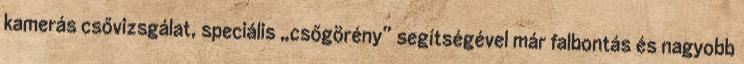
kamerás csővizsgálat, speciális „csőgörény” segítségével már falbontás és nagyobb